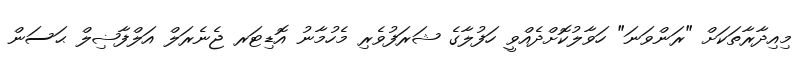
މިއިދާރާތަކަށް "ރަންވަނަ" ހަވާލުކޮށްދެއްވީ ހަފުލާގެ ޝަރަފުވެރި މެހުމާނު އޮޑިޓަރ ޖެނެރަލް އަލްފާޟިލް ޙަސަން